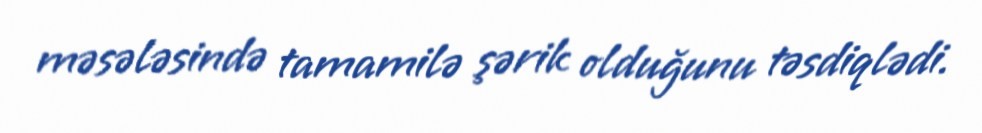
məsələsində tamamilə şərik olduğunu təsdiqlədi.